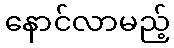
နောင်လာမည့်